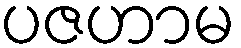
ပဇဟာမ